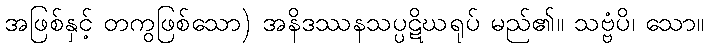
အဖြစ်နှင့် တကွဖြစ်သော) အနိဒဿနသပ္ပဋိဃရုပ် မည်၏။ သဗ္ဗံပိ၊ သော။